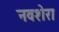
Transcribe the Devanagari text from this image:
नवशेरा